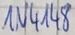
Text: IN4148